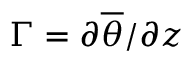
\Gamma = \partial \overline { { \theta } } / \partial z